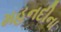
મહનદીના